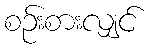
စဉ်းစားလျှင်